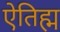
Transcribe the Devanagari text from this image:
ऐतिह्म